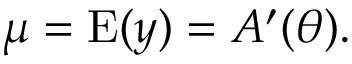
\mu = \operatorname { E } ( y ) = A ^ { \prime } ( \theta ) .